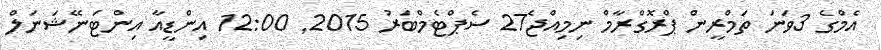
އެމްގެ 3ވަނަ ތަމްރީން ޕްރޮގްރާމް ނިމިއްޖެ27 ސެޕްޓެމްބަރު 2015